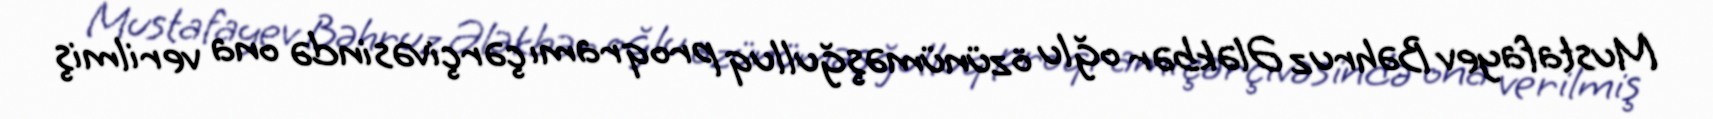
Mustafayev Bəhruz Ələkbər oğlu özünüməşğulluq proqramı çərçivəsində ona verilmiş